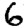
Digit: 6